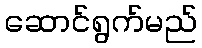
ဆောင်ရွက်မည်